system: You are a helpful assistant.
user:
Analyze the provided spectrum to determine if it is a **Carbon Star (C-type)**.

- **Key Visual Indicators of Carbon Star:**
    - **(Primary):** Strong molecular absorption from **C₂ (diatomic carbon) "Swan Bands."** This is the **defining feature** of a carbon star.
        - **(Key Bandheads):** Sharp absorption edges are visible at approximately $5635$ Å, $5165$ Å (the strongest band), and $4737$ Å.
        - **(Line Profile):** Creates a distinct **"saw-tooth"** pattern. The key morphology is a sharp, steep bandhead on the **red (long-wavelength) side**, which then gradually tapers off (i.e., flux recovers) towards the **blue (short-wavelength) side**. *(This is the direct opposite of the TiO bands seen in M-type stars)*.

    - **(Secondary):** Intense **CN (cyanogen)** molecular absorption bands.
        - **(Key Bandheads):** Located in the blue and violet regions of the spectrum (e.g., near $4215$ Å and $3883$ Å).
        - **(Morphology):** These bands are extremely broad and act as a "blanket," absorbing the vast majority of blue and violet light. This creates a characteristic **"cliff"** or **"steep drop-off"** in the spectrum's flux at short wavelengths.

    - **(Key Confirmation):** Strong **CH absorption band (G-band)**.
        - **(Key Bandhead):** Located around $4300$ Å. The contribution from CH molecules to this band is exceptionally strong.

    - **(Overall Spectrum):**
        - The continuum is severely "chopped up" by these deep molecular bands, especially C₂, rather than appearing as a smooth curve.
        - Due to the heavy CN and C₂ absorption in the blue-green, the vast majority of the star's flux is concentrated in the red part of the spectrum, giving the star its characteristic deep red color.

Think first, call **spectral_visualization_tool** if needed to examine features in detail, then provide your final answer. Your response must adhere to the following strict rules:
1.  **Overall Structure:** Your response must follow the format `<think>...</think> <tool_call>...</tool_call> (if a tool is used) <answer>...</answer>`.
2.  **Tool Usage Constraint:** You may only make **one** tool call per turn.
3.  **Final Answer Format:** In the `<answer>` tag, your conclusion must be inside a `\boxed{}` command (e.g., `\boxed{YES}`), followed by your justification.

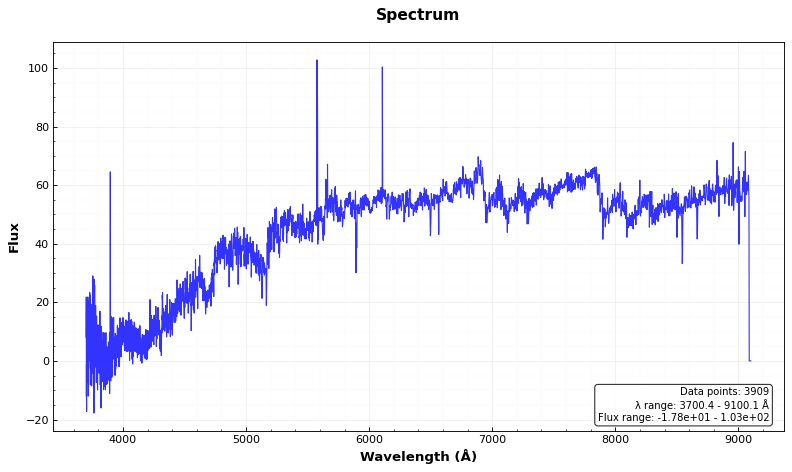
Answer: YES